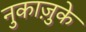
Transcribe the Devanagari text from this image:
नुकाज़ुके